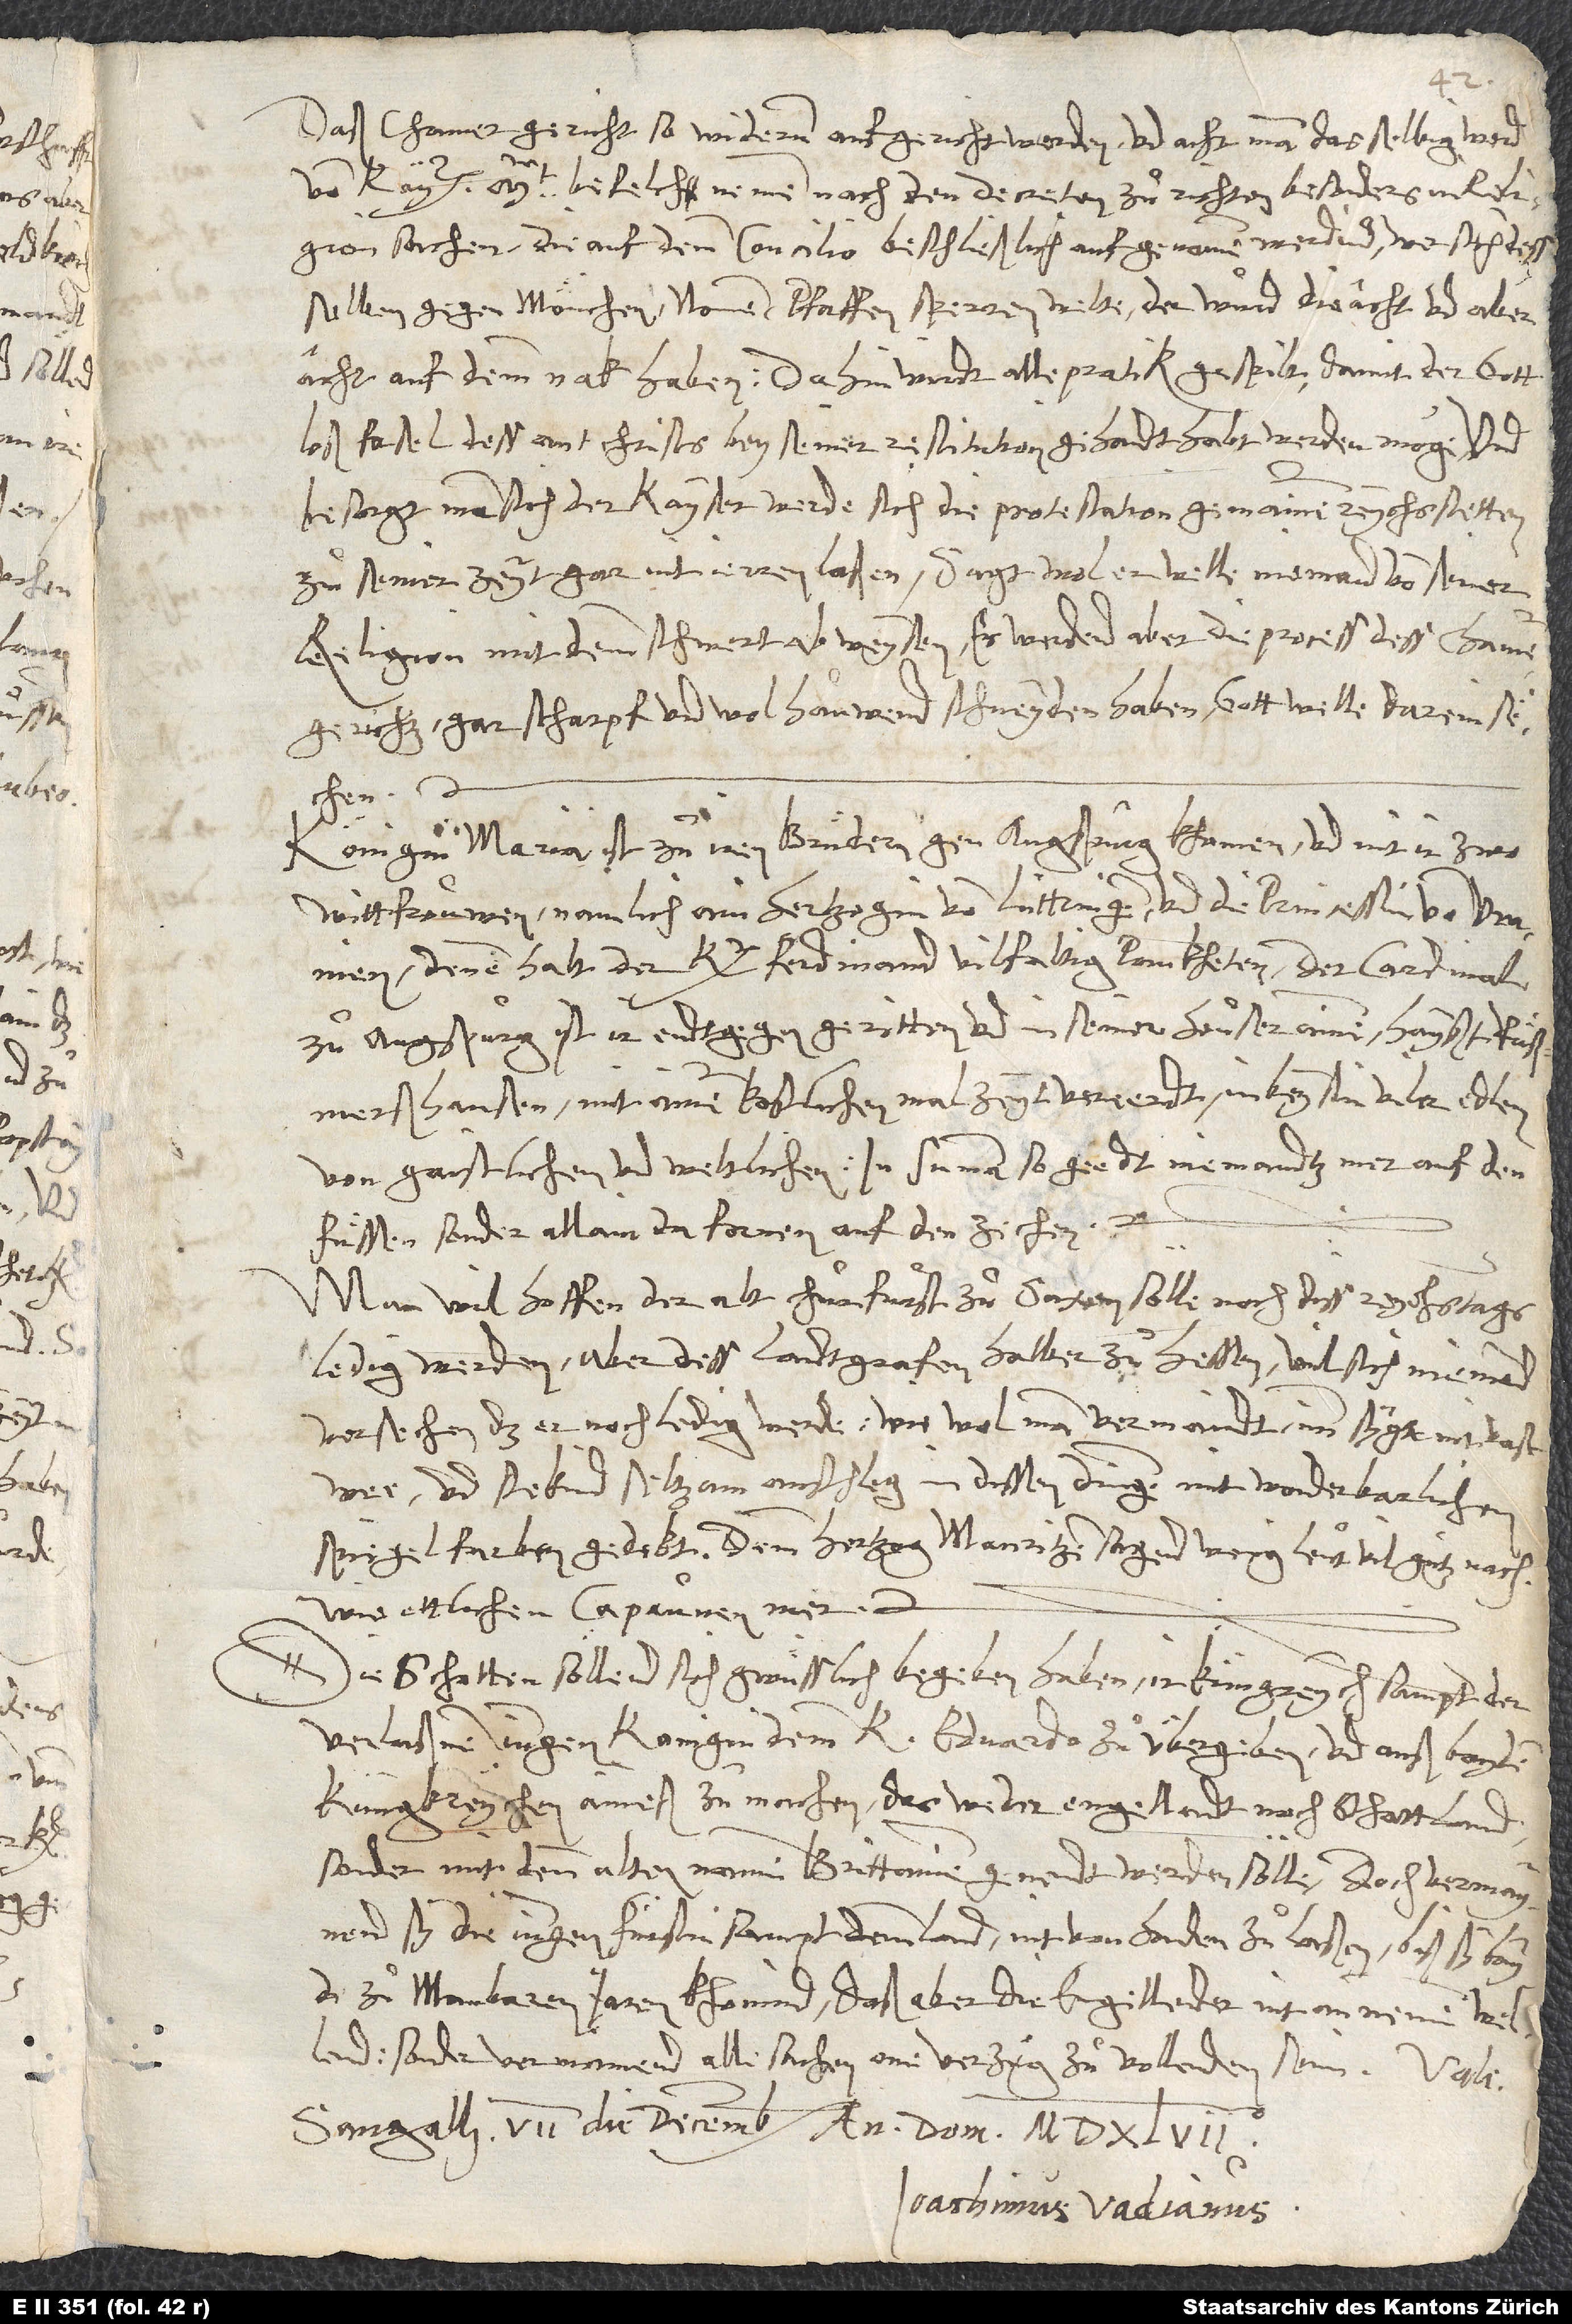
Daß chamergericht sol widerum aufgericht werden. Und acht man, dasselbig werd
S.
von kay. mt. befelch nemen, nach den decreten zu richten, besonders in
religionsachen, die auf demm concilio beschließlich aufgenomen werdind. Wer sich dess
selben gegen mönchen, nonnen, pfaffen sperren welte, der wurd die acht und aberacht
auf demm nak haben. Dahin wirdt alle pratiken gespilt, damit
fasel dess antchrists bey seiner restitution gehandthabt werden möge. Und
besorgt man sich, der kayser werde sich die protestation gemainen reychsstetten
zu seiner zeyt gar nit ierren laßen. Sagt wol, er welle niemand von seiner
religion mit demm schwert abweysen, es werdend aber die process dess
chamergerichtz gar scharpf und wol hauwend schneyden haben. Gott welle darein sechen.
Königin Maria ist zu iren bruͤdern gen Augspurg khomen und mit ir zwo
wittfrouwen, namlich ain hertzogin von Luttringen und die princessin von Uranien.
Denen halt den k Ferdinand vilfaltig pankheten. Der cardinal
zu Augspurg ist ir endtgegen geritten und in seiner heuser ainem (hayßt
Ruͤßmershausen) mit ainer kostlichen malzeyt vereerdt in beysin viler edlen
von gaistlichen und weltlichen. In summa: So geedt niemandtz mer auf den
fuͤssen, sonder allain da fornen auf den zechen.
Man wil hoffen, der alt churfurst zu Saxen sölle noch diss reychstags
ledig werden, aber dess landtgrafen halber zu Hessen wil sich niemand
versechen, das er noch ledig werde, wiewol man vermaindt, imm syge nit vast
wee, und stekind seltzam anschleg in dissen dingen, mit wonderbarlichen
spiegelfarben gedekt. Demm hertzog Mauritzen sagend wenig leut vil gutz nach,
wie ettlichen capaunen mer.
Die Schotten söllend sich gwüsslich begeben haben, ir küngreych, sampt der
verlaßnen jungen konigin, dem künig Eduardo zu übergeben, und auß bayden
küngkreychen aineß zu machen, das weder Engellandt noch Schottland,
sonder mit denn alten namen Brittanien genendt werden sölle. Doch vermaynend
sy, die jungen fürstin sampt demm land nit von handen zu laßen, biß sy bayde
zu manbaren jaren khomind, daß aber die Engellender nit annemen wellend,
sonder vermainend alle sachen one verzug zu vollenden sein.
Sangalli, 7. die decembris anno domini 1547.
Ioachimus Vadianus.